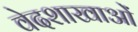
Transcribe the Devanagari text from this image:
वेदशाखाओं